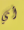
أي